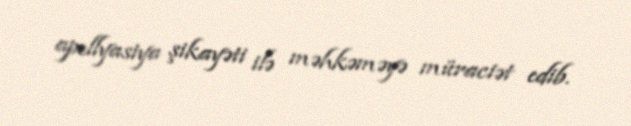
apellyasiya şikayəti ilə məhkəməyə müraciət edib.